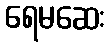
ရေမဆေး